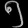
Digit: ၅